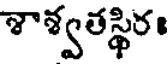
శాశ్వతస్థిర